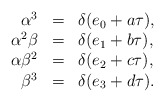
\begin{align*}\begin{array}{rcl}\alpha^3 &=& \delta(e_0 + a \tau), \\\alpha^2\beta &=& \delta(e_1 + b \tau), \\\alpha\beta^2 &=& \delta(e_2 + c \tau), \\\beta^3 &=& \delta(e_3 + d \tau).\end{array}\end{align*}